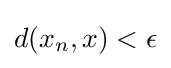
d(x_{n},x)<\epsilon